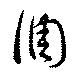
調